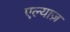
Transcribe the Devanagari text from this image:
एल्याज़